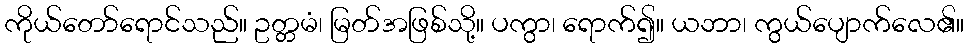
ကိုယ်တော်ရောင်သည်။ ဥတ္တမံ၊ မြတ်အဖြစ်သို့။ ပကွာ၊ ရောက်၍။ ယဘာ၊ ကွယ်ပျောက်လေ၏။